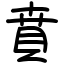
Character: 賁